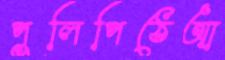
পুলিপিঠেআ